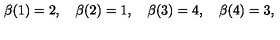
\beta ( 1 ) = 2 , \quad \beta ( 2 ) = 1 , \quad \beta ( 3 ) = 4 , \quad \beta ( 4 ) = 3 ,